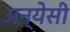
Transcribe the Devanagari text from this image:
अन्येसी